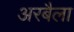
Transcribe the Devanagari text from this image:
अरबैला